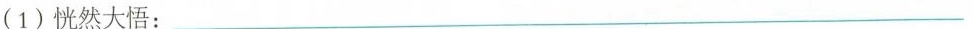
(1)恍然大悟：____